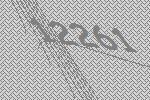
12261